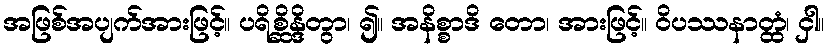
အဖြစ်အပျက်အားဖြင့်။ ပရိစ္ဆိန္ဒိတွာ၊ ၍။ အနိစ္စာဒိ တော၊ အားဖြင့်။ ဝိပဿနာတ္ထံ၊ ငှါ။